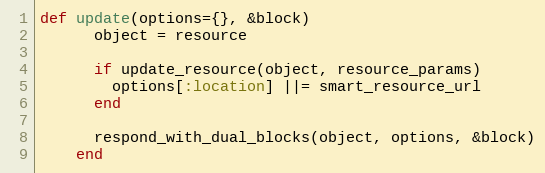
Language: Ruby
def update(options={}, &block)
      object = resource

      if update_resource(object, resource_params)
        options[:location] ||= smart_resource_url
      end

      respond_with_dual_blocks(object, options, &block)
    end